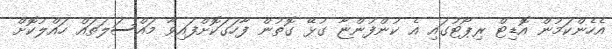
އެހެންކަމުން އޮޑިޓް ރިޕޯޓުގައި އެ ކުންފުންޏާ ގުޅޭ ގޮތުން ފާހަގަކޮށްފައިވާ މައްސަލަތައް ހައްލުކޮށް